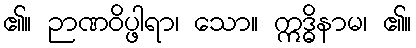
၏။ ဉာဏဝိပ္ဖါရာ၊ သော။ ဣဒ္ဓိနာမ၊ ၏။